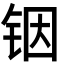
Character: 铟